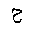
Letter: _ha